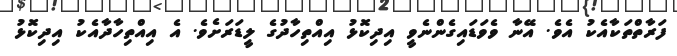
ފަރާތްތަކާއެކު އެވެ. އޭނާ ވެވަޑައިގެންނެވީ އިދިކޮޅު އިއްތިހާދުގެ ލީޑަރަށެވެ. އެ އިއްތިހާދާއެކު އިދިކޮޅު